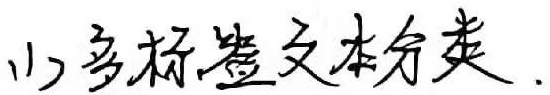
(1) 多标签文本分类.